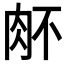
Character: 𰮉